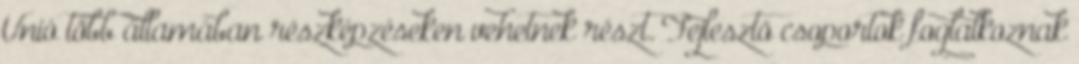
Unió több államában részképzéseken vehetnek részt. Fejlesztõ csoportok foglalkoznak